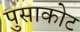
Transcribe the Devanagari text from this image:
पुसाकोट